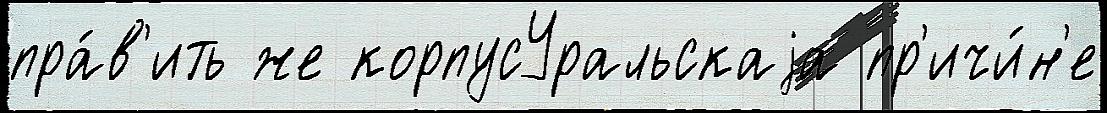
пра́в'ить же корпусУральскаjа пр'ичи́н'е